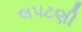
લપટણી